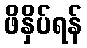
ဖိနှိပ်ရန်